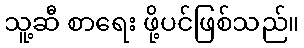
သူ့ဆီ စာရေး ဖို့ပင်ဖြစ်သည်။